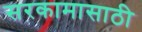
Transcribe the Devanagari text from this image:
सरकामासाठी